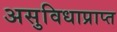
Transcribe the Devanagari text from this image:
असुविधाप्राप्त